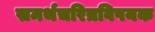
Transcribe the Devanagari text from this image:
समर्थचरित्रविषयक